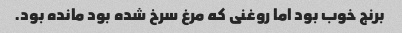
برنج خوب بود اما روغنی که مرغ سرخ شده بود مانده بود.